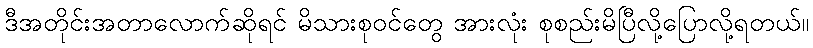
ဒီအတိုင်းအတာလောက်ဆိုရင် မိသားစုဝင်တွေ အားလုံး စုစည်းမိပြီလို့ပြောလို့ရတယ်။